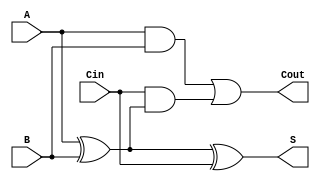
module RippleCarryFullAdder (
    input  wire A,    // First binary digit
    input  wire B,    // Second binary digit
    input  wire Cin,  // Carry input
    output wire S,    // Sum output
    output wire Cout   // Carry output
);

    // Internal signals
    wire AB_XOR;      // Intermediate result: A XOR B

    // Logic for Sum output (S)
    assign AB_XOR = A ^ B;          // First XOR: A XOR B
    assign S = AB_XOR ^ Cin;        // Second XOR: (A XOR B) XOR Cin

    // Logic for Carry output (Cout)
    assign Cout = (A & B) | (Cin & AB_XOR);  // Carry-out logic

endmodule